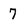
Character: 7